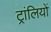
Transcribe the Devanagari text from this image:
ट्रांलियों